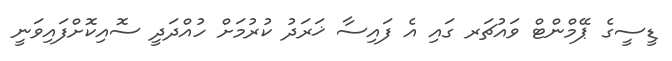
ޑީސީގެ ޕޭމްންޓް ވައުޗަރ ގައި އެ ފައިސާ ޚަރަދު ކުރުމަށް ހުއްދަދީ ސޮއިކޮށްފައިވަނީ